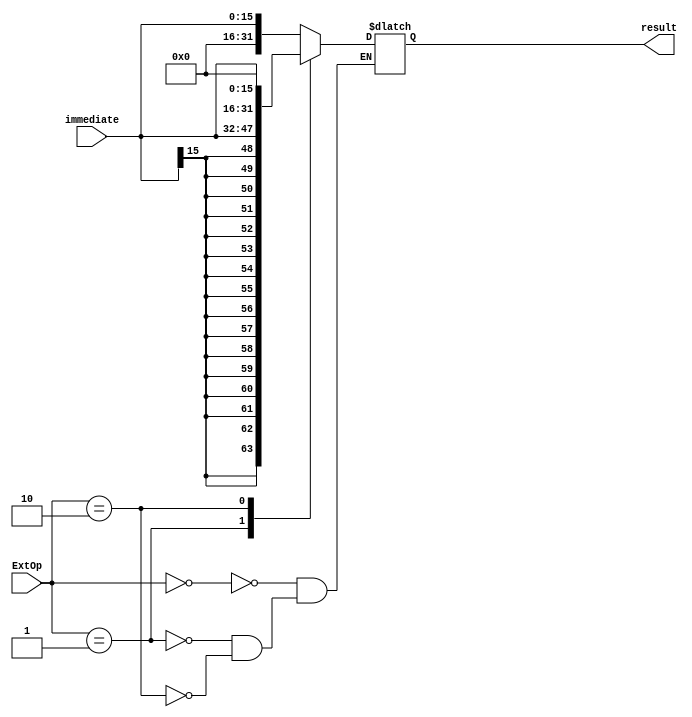
module ext (immediate, ExtOp, result);
    input [15:0] immediate;
    input [1:0] ExtOp;
    output reg [31:0] result;

    always @(immediate, ExtOp) begin
        case(ExtOp)
        2'b00:begin
            result <= {16'h0000, immediate};
        end
        2'b01:begin
            result <= {{16{immediate[15]}}, immediate};
        end
        2'b10:begin         
            result <= {immediate, 16'h0000};
        end
        endcase
    end
endmodule